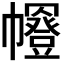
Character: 𭘼